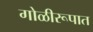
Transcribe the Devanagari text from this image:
गोळीरूपात